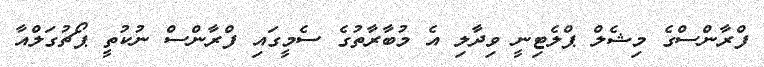
ފްރާންސްގެ މިޝެލް ޕްލެޓިނީ ވިދާލި އެ މުބާރާތުގެ ސެމީގައި ފްރާންސް ނުކުތީ ޕޯޗުގަލްއާ